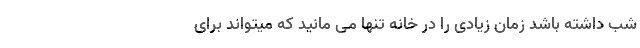
شب داشته باشد زمان زیادی را در خانه تنها می مانید که میتواند برای